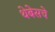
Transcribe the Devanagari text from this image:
थेबेसचे